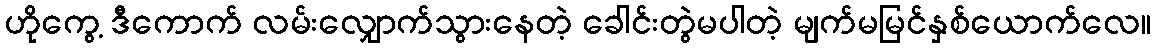
ဟိုကွေ့ ဒီကောက် လမ်းလျှောက်သွားနေတဲ့ ခေါင်းတွဲမပါတဲ့ မျက်မမြင်နှစ်ယောက်လေ။